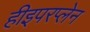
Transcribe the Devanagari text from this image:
हीइपरप्लेन